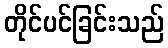
တိုင်ပင်ခြင်းသည်